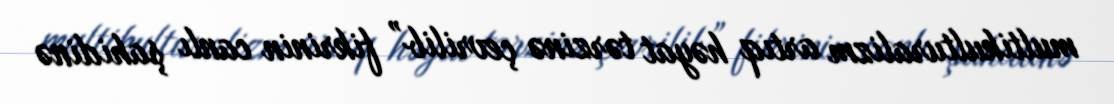
multikulturalizm artıq həyat tərzinə çevrilib” fikrinin canlı şahidinə